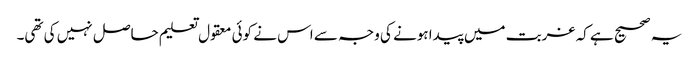
یہ صحیح ہے کہ غربت میں پیدا ہونے کی وجہ سے اس نے کوئی معقول تعلیم حاصل نہیں کی تھی۔